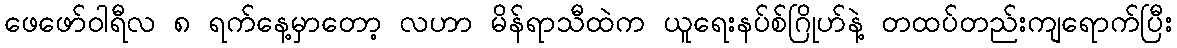
ဖေဖော်ဝါရီလ ၈ ရက်နေ့မှာတော့ လဟာ မိန်ရာသီထဲက ယူရေးနပ်စ်ဂြိုဟ်နဲ့ တထပ်တည်းကျရောက်ပြီး